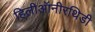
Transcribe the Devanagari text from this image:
हिलीऑनीरथिडी